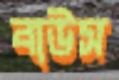
বাউস